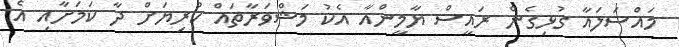
މައްސަލައާ ގުޅިގެން ރައީސް ޔާމީންއާ އެކު މަޝްވަރާތައް ކުރިޔަށް ދާ ކަމަށާއި އެ